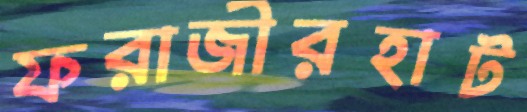
ফরাজীরহাট